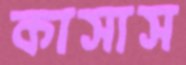
কাসাস